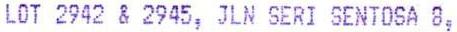
LOT 2942 & 2945, JLN SERI SENTOSA 8,